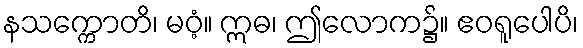
နသက္ကောတိ၊ မဝံ့။ ဣဓ၊ ဤလောက၌။ ဧဝရူပေါပိ၊